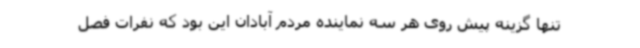
تنها گزینه پیش روی هر سه نماینده مردم آبادان این بود که نفرات فصل